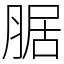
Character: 腒